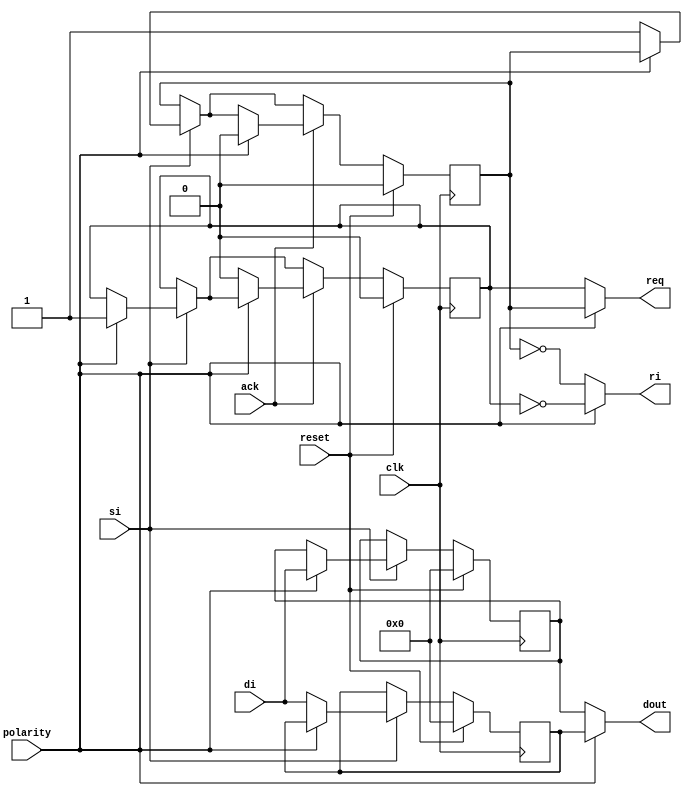
module router_input_ctrl (
    clk, reset, polarity, si,ri,di, dout, req,ack
);
    input wire clk, reset, polarity, si;
    input wire [63:0] di;
    input wire ack;
    output reg  ri, req;
    output reg [63:0] dout;

    reg odd_full, even_full;
    reg [63:0] odd_buf, even_buf;

    always @(posedge clk) begin
        if(reset) begin
            odd_full <= 1'b0;
            even_full <= 1'b0;
            even_buf <= 0;
            odd_buf <= 0;
        end
        else begin
            if(si) begin // externally receive
                if(polarity) begin
                    even_buf <= di;
                    even_full <= 1'b1;
                end
                else begin
                    odd_buf <= di;
                    odd_full <= 1'b1; 
                end
            end
            if(ack) begin // internal forward granted
                if(polarity)
                    odd_full <= 1'b0;
                else   
                    even_full <= 1'b0;
            end
        end
    end

    always @(*) begin
        if(polarity) begin
            //internal forawrd
            req = odd_full;
            dout = odd_buf;
            //external receive
            ri = !even_full;
        end
        else begin
            //internal forward
            req = even_full;
            dout = even_buf;
            //external receive
            ri = !odd_full;
        end
    end
    

endmodule